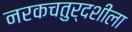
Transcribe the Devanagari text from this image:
नरकचतुर्दशीला